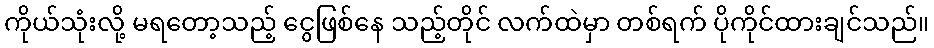
ကိုယ်သုံးလို့ မရတော့သည့် ငွေဖြစ်နေ သည့်တိုင် လက်ထဲမှာ တစ်ရက် ပိုကိုင်ထားချင်သည်။